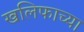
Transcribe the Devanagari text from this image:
खलिफाच्या